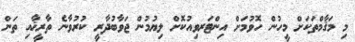
މި މަޤާމްތަކަށް މީހުން ހޮވުމަށް އިންޓަރވިއުކޮށް ލިޔުމުން ޖަވާބުދާރީ ކުރުވާނެ ތާރީޚާއި ތަން